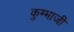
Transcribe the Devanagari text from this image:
कुम्भाजी